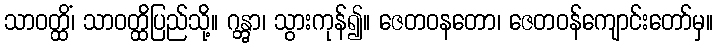
သာဝတ္ထိံ၊ သာဝတ္ထိပြည်သို့။ ဂန္တွာ၊ သွားကုန်၍။ ဇေတဝနတော၊ ဇေတဝန်ကျောင်းတော်မှ။